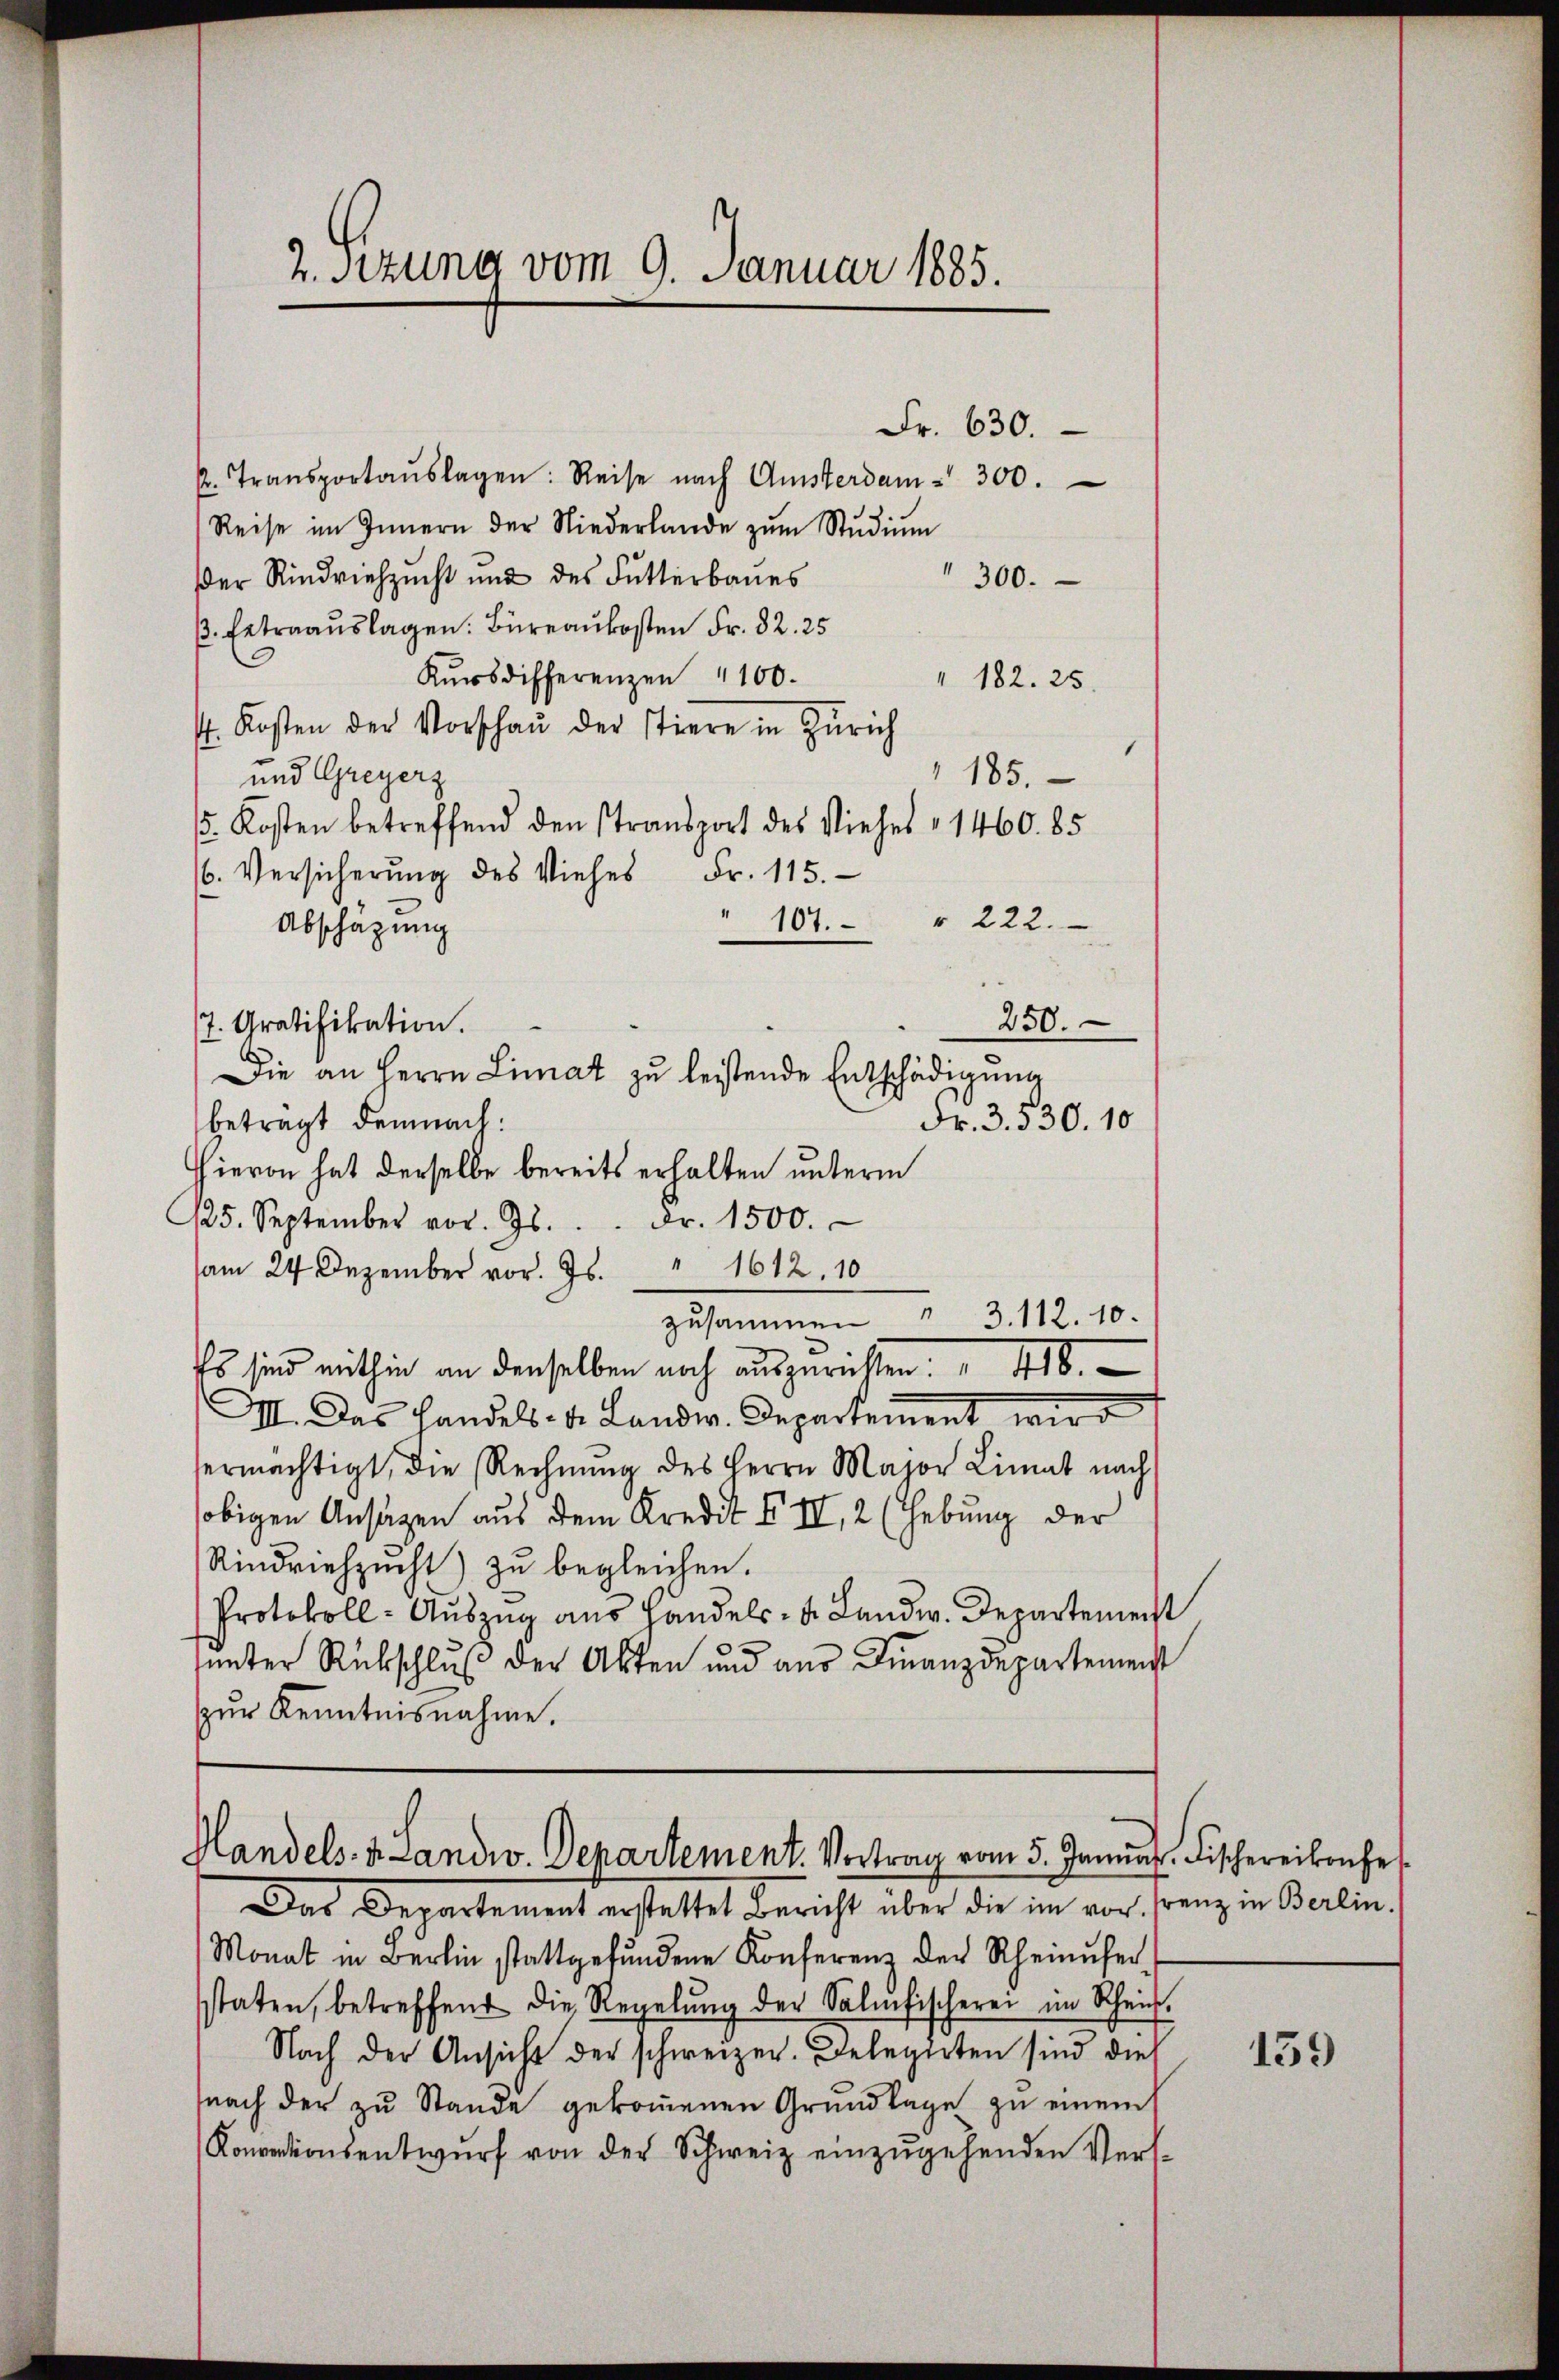
Fr. 630.
2. Transportaŭslagen: Reise nach Amsterdam - 300.
Reise im Innern der Niederlande zŭm Stŭdiŭm
Der Rindviehzucht und des Futterbaues
300.
β. Extraaŭslagen: Büreaukosten Fr. 82. 25
Kŭrsdifferenzen 100.
" 182. 25.
s. Kosten der Vorschaŭ der stiere in Zürich
185.
und Greyerz
/5. Kosten betreffend den Stransport des Viehes 1460. 85
Fr. 115.
(6. Versicherung des Viehes
" 107. 222.
Abschäzung
250.
7. Gratifikation.
Die an Herrn Limat zu leistende Entschädigung
Fr. 3. 530. 10
betragt demnach:
Hievon hat derselbe bereits erhalten unterm
125. September vor. Js. . . Fr. 1500.
am 24. Dezember vor. Js. " 1612. 10
zusammen " 3. 112. 10.
Es sind mithin an denselben noch auszurichten. " 418.
II. Das Handels. v. Landw. Departement wird
ermächtigt, die Rechnŭng des Herrn Major Limat nach
obigen Ansagen aus dem Kredit VII, 2 (Hebung der
Rindviehzŭcht) zu begleichen.
Protokoll- Aŭszŭg ans Handels- u. Landw. Departement
ŭnter Rückschlŭβ der Akten und aŭs Finanzdepartement
ur Kenntnisnahme.

2. Sitzung vom 9. Januar 1885.

Handels. v. Landw. Departement. Vortrag vom 5. Januar. Fischereikonfe¬

Das Departement erstattet Bericht über die im vor, franz in Oerlin,
Monat in Berlin stattgefŭndene Konferenz der Rheinufer-
staten, betreffend die Regelŭng der Salifischerei im Schein-
Nach der Ansicht der schweizer. Delegirten sind die
nach der zu Stande gekoṁenen Grundlage zu einem
Konventionsentwurf von der Schweiz einzugehenden Vers¬

159